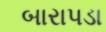
બારાપડા